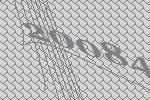
20084